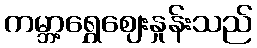
ကမ္ဘာ့ရွှေဈေးနှုန်းသည်